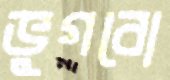
ভুগবো